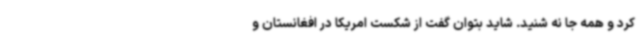
کرد و همه جا نه شنید. شاید بتوان گفت از شکست امریکا در افغانستان و